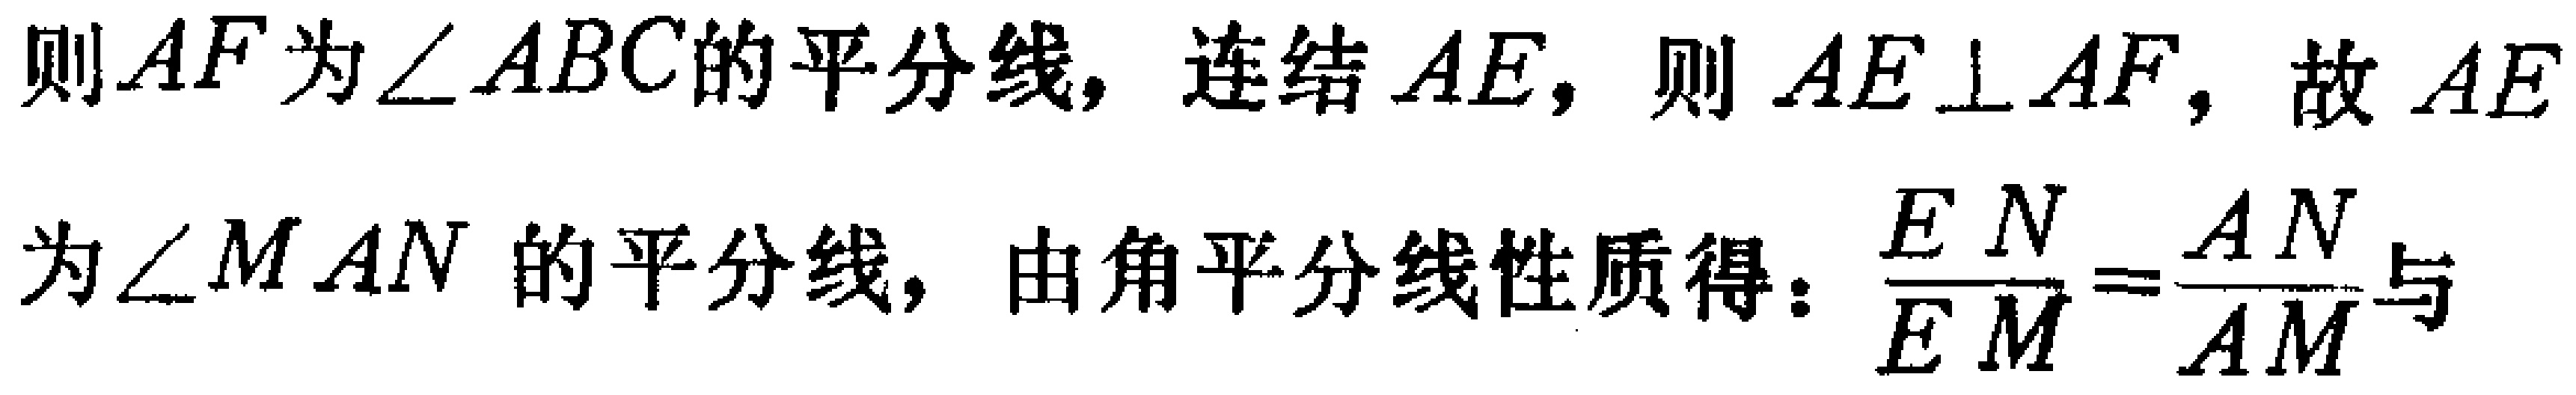
则$AF$为$\angle ABC$的平分线，连结$AE$，则$AE\perp AF$，故$AE$为$\angle MAN$的平分线，由角平分线性质得：$\frac{EN}{EM}=\frac{AN}{AM}$与